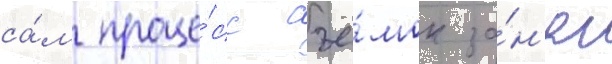
са́м проце́сс съё́мок за́н'ял